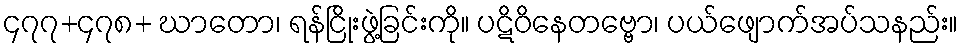
၄၇၇+၄၇၈+ ဃာတော၊ ရန်ငြိုးဖွဲ့ခြင်းကို။ ပဋိဝိနေတဗ္ဗော၊ ပယ်ဖျောက်အပ်သနည်း။